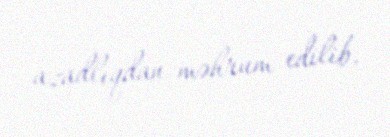
azadlıqdan məhrum edilib.